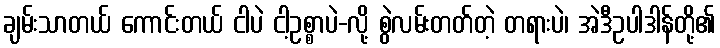
ချမ်းသာတယ် ကောင်းတယ် ငါပဲ ငါ့ဥစ္စာပဲ-လို့ စွဲလမ်းတတ်တဲ့ တရားပဲ၊ အဲဒီဥပါဒါန်တို့၏